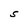
Character: S